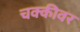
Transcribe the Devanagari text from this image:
चक्कीवर